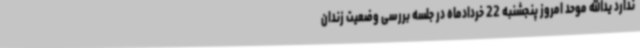
ندارد یدالله موحد امروز پنجشنبه 22 خردادماه در جلسه بررسی وضعیت زندان